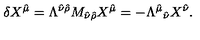
\delta X ^ { \hat { \mu } } = \Lambda ^ { \hat { \nu } \hat { \rho } } M _ { \hat { \nu } \hat { \rho } } X ^ { \hat { \mu } } = - \Lambda ^ { \hat { \mu } } { } _ { \hat { \nu } } X ^ { \hat { \nu } } .